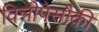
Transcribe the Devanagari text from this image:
विन्नीपेसौकी